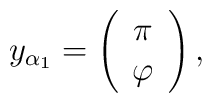
y_{\alpha _{1}}=\left( \begin{array}{c}\pi  \\ \varphi \end{array}\right) ,